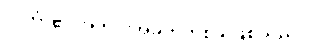
လင်္ကာ၏ အကိုင်းအခက်တစ်ခု ဖြစ်သည်။